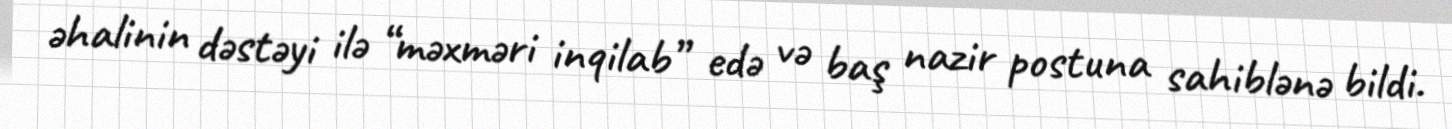
əhalinin dəstəyi ilə “məxməri inqilab” edə və baş nazir postuna sahiblənə bildi.